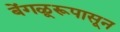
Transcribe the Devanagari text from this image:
बेंगळूरूपासून